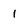
Character: l